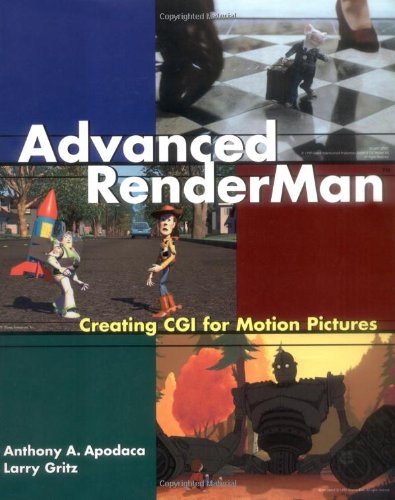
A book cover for Advanced RenderMan: Creating CGI for Motion Pictures (The Morgan Kaufmann Series in Computer Graphics); Anthony A. Apodaca; Computers & Technology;